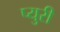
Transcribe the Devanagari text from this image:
प्युरी